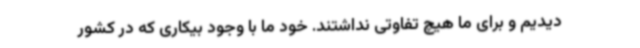
دیدیم و برای ما هیچ تفاوتی نداشتند. خود ما با وجود بیکاری که در کشور